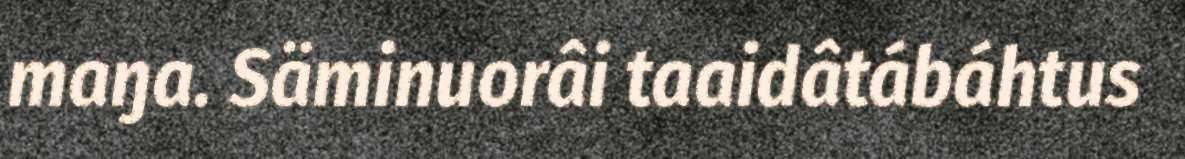
maŋa. Säminuorâi taaidâtábáhtus